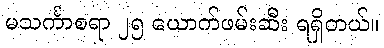
မသင်္ကာစရာ ၂၅ ယောက်ဖမ်းဆီး ရရှိတယ်။